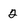
Character: 2